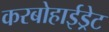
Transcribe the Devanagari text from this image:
करबोहाईड्रेट